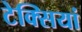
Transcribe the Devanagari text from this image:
टेक्सियां